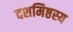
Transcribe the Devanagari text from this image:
दशमिष्ठस्य